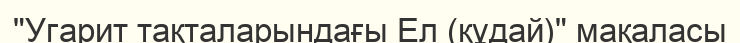
"Угарит тақталарындағы Ел (құдай)" мақаласы